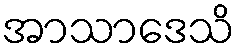
အာသာဒေသိ